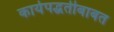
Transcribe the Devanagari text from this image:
कार्यपद्धतीबाबत